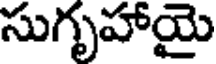
సుగృహాయై